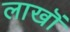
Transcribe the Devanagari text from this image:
लाखॊं